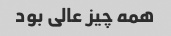
همه چیز عالی بود